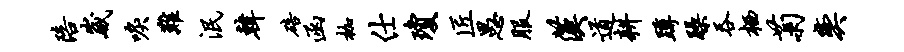
陪崴唳难泯韩碚函枷仕琼匠愚服汉道耕蹲躁吞栖菊奕